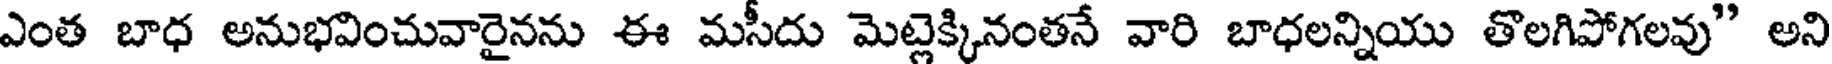
ఎంత బాధ అనుభవించువారైనను ఈ మసీదు మెట్లెక్కినంతనే వారి బాధలన్నియు తొలగిపోగలవు" అని